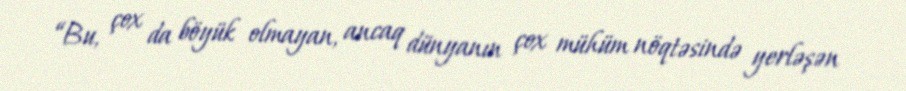
“Bu, çox da böyük olmayan, ancaq dünyanın çox mühüm nöqtəsində yerləşən